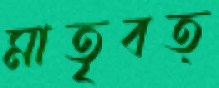
মাতৃবত্